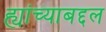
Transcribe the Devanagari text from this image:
ह्यांच्याबद्दल